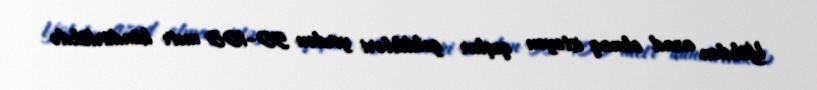
Yükdən azad olmaq istəyən quşlar gəldikləri yerdən 50–100 metr hündürlükdə